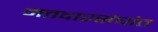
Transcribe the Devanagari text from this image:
मतदारसंघांत